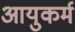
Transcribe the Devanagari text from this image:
आयुकर्म